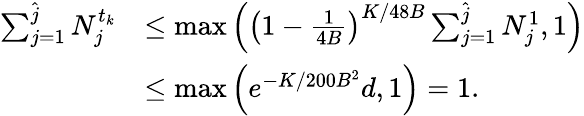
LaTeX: \begin{array}{rl}{\sum_{j=1}^{\hat{j}}N_{j}^{t_{k}}}&{\le\operatorname*{max}\left(\left(1-\frac{1}{4B}\right)^{K/48B}\sum_{j=1}^{\hat{j}}N_{j}^{1},1\right)}\\ &{\le\operatorname*{max}\left(e^{-K/200B^{2}}d,1\right)=1.}\end{array}